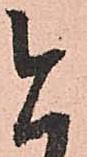
今